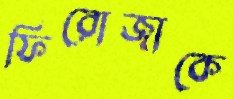
ফিরোজাকে